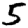
Digit: 5